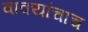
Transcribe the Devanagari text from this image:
वाक्यांचाच